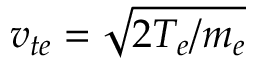
v _ { t e } = \sqrt { 2 T _ { e } / m _ { e } }